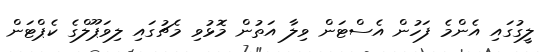
ލީގުގައި އެންމެ ފަހުން އެސްޓަން ވިލާ އަތުން މޮޅުވި މެޗުގައި ލިވަޕޫލްގެ ކެޕްޓަން